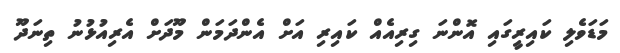
މަޑަވެލި ކައިރީގައި އޮންނަ ގިރިއެއް ކައިރި އަށް އެންދަމަން މޫދަށް އެރިއުޅުނު ތިނަދޫ